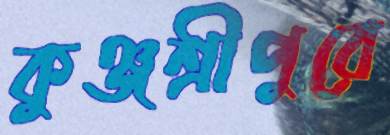
কুঞ্জশ্রীপুরে